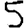
Digit: 5